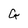
Character: G